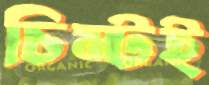
চিম্‌টই